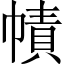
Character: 幘